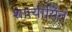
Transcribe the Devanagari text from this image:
शात्यायिन